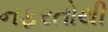
નફરતોથી